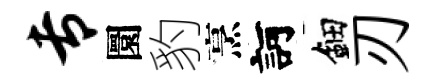
专圜豹烹訶鈿刃